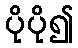
ပိုပို၍